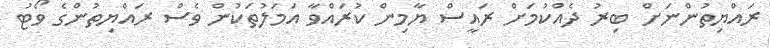
ރައްޔިތުންނަށް ބިރު ދެއްކުމަށް ރައީސް ޔާމިން ކުރައްވާ އަމަލުތަކުން ވެސް ރައްޔިތުންގެ ވޯޓު